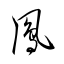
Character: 鳳